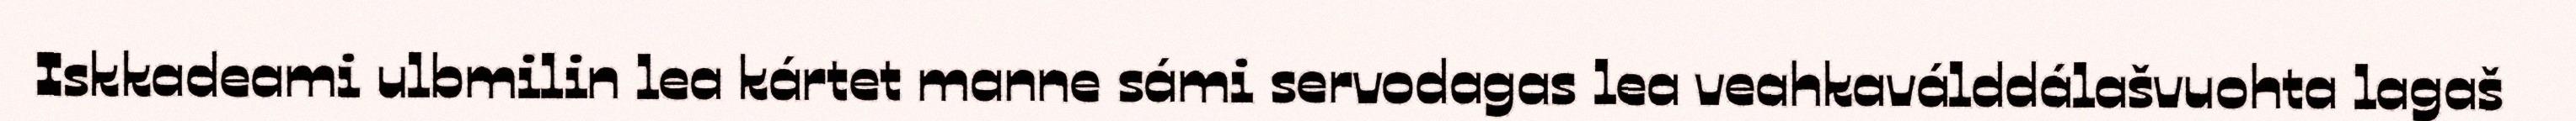
Iskkadeami ulbmilin lea kártet manne sámi servodagas lea veahkaválddálašvuohta lagaš